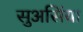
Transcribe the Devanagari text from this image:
सुअसिंया